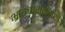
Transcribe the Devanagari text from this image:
भ्रष्टाचारनिरोधी